Indian journal of veterinary science and animal husbandry - Volume 2,
Year: 1932
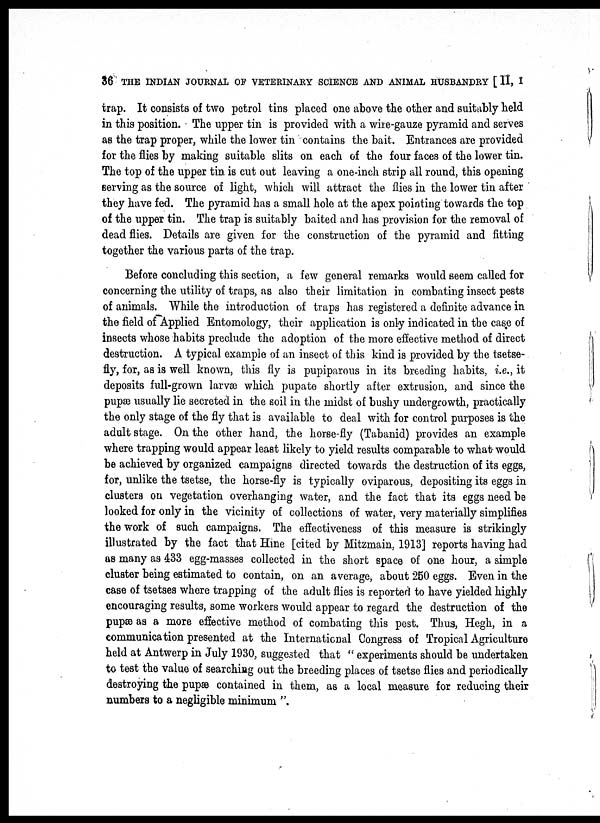
36 THE INDIAN JOURNAL OF VETERINARY SCIENCE AND ANIMAL HUSBANDRY [ II, I
trap. It consists of two petrol tins placed one above the other and suitably held
in this position. The upper tin is provided with a wire-gauze pyramid and serves
as the trap proper, while the lower tin contains the bait. Entrances are provided
for the flies by making suitable slits on each of the four faces of the lower tin.
The top of the upper tin is cut out leaving a one-inch strip all round, this opening
serving as the source of light, which will attract the flies in the lower tin after
they have fed. The pyramid has a small hole at the apex pointing towards the top
of the upper tin. The trap is suitably baited and has provision for the removal of
dead flies. Details are given for the construction of the pyramid and fitting
together the various parts of the trap.
Before concluding this section, a few general remarks would seem called for
concerning the utility of traps, as also their limitation in combating insect pests
of animals. While the introduction of traps has registered a definite advance in
the field of Applied Entomology, their application is only indicated in the case of
insects whose habits preclude the adoption of the more effective method of direct
destruction. A typical example of an insect of this kind is provided by the tsetse-
fly, for, as is well known, this fly is pupiparous in its breeding habits, i.e., it
deposits full-grown larvæ which pupate shortly after extrusion, and since the
pupae usually lie secreted in the soil in the midst of bushy undergrowth, practically
the only stage of the fly that is available to deal with for control purposes is the
adult stage. On the other hand, the horse-fly (Tabanid) provides an example
where trapping would appear least likely to yield results comparable to what- would
be achieved by organized campaigns directed towards the destruction of its eggs,
for, unlike the tsetse, the horse-fly is typically oviparous, depositing its eggs in
clusters on vegetation overhanging water, and the fact that its eggs need be
looked for only in the vicinity of collections of water, very materially simplifies
the work of such campaigns. The effectiveness of this measure is strikingly
illustrated by the fact that Hine [cited by Mitzmain, 1913] reports having had
as many as 433 egg-masses collected in the short space of one hour, a simple
cluster being estimated to contain, on an average, about 250 eggs. Even in the
case of tsetses where trapping of the adult flies is reported to have yielded highly
encouraging results, some workers would appear to regard the destruction of the
pupæ as a more effective method of combating this pest. Thus, Hegh, in a
communication presented at the International Congress of Tropical Agriculture
held at Antwerp in July 1930, suggested that " experiments should be undertaken
to test the value of searching out the breeding places of tsetse flies and periodically
destroying the pupæ contained in them, as a local measure for reducing their
numbers to a negligible minimum ".